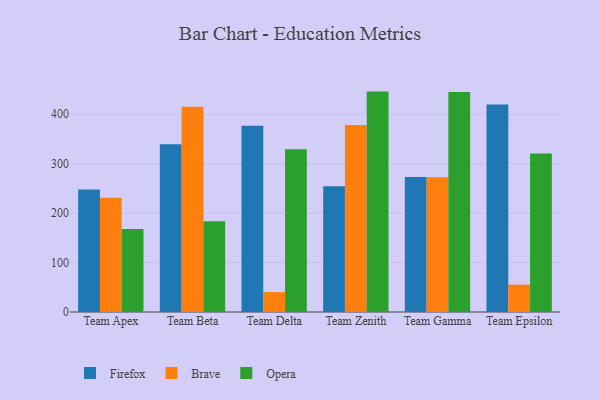
{"axis": {"x": "Team", "y": "Temperature (°C)"}, "legend": ["Brave", "Firefox", "Opera"], "data": [{"x": "Team Apex", "y": 247.3, "type": "Firefox"}, {"x": "Team Apex", "y": 230.9, "type": "Brave"}, {"x": "Team Apex", "y": 167.7, "type": "Opera"}, {"x": "Team Beta", "y": 338.8, "type": "Firefox"}, {"x": "Team Beta", "y": 414.9, "type": "Brave"}, {"x": "Team Beta", "y": 183.6, "type": "Opera"}, {"x": "Team Delta", "y": 376.3, "type": "Firefox"}, {"x": "Team Delta", "y": 40.2, "type": "Brave"}, {"x": "Team Delta", "y": 328.7, "type": "Opera"}, {"x": "Team Zenith", "y": 254.3, "type": "Firefox"}, {"x": "Team Zenith", "y": 378.0, "type": "Brave"}, {"x": "Team Zenith", "y": 445.3, "type": "Opera"}, {"x": "Team Gamma", "y": 272.8, "type": "Firefox"}, {"x": "Team Gamma", "y": 272.4, "type": "Brave"}, {"x": "Team Gamma", "y": 444.7, "type": "Opera"}, {"x": "Team Epsilon", "y": 419.2, "type": "Firefox"}, {"x": "Team Epsilon", "y": 55.2, "type": "Brave"}, {"x": "Team Epsilon", "y": 320.1, "type": "Opera"}]}